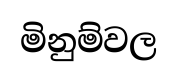
මිනුම්වල